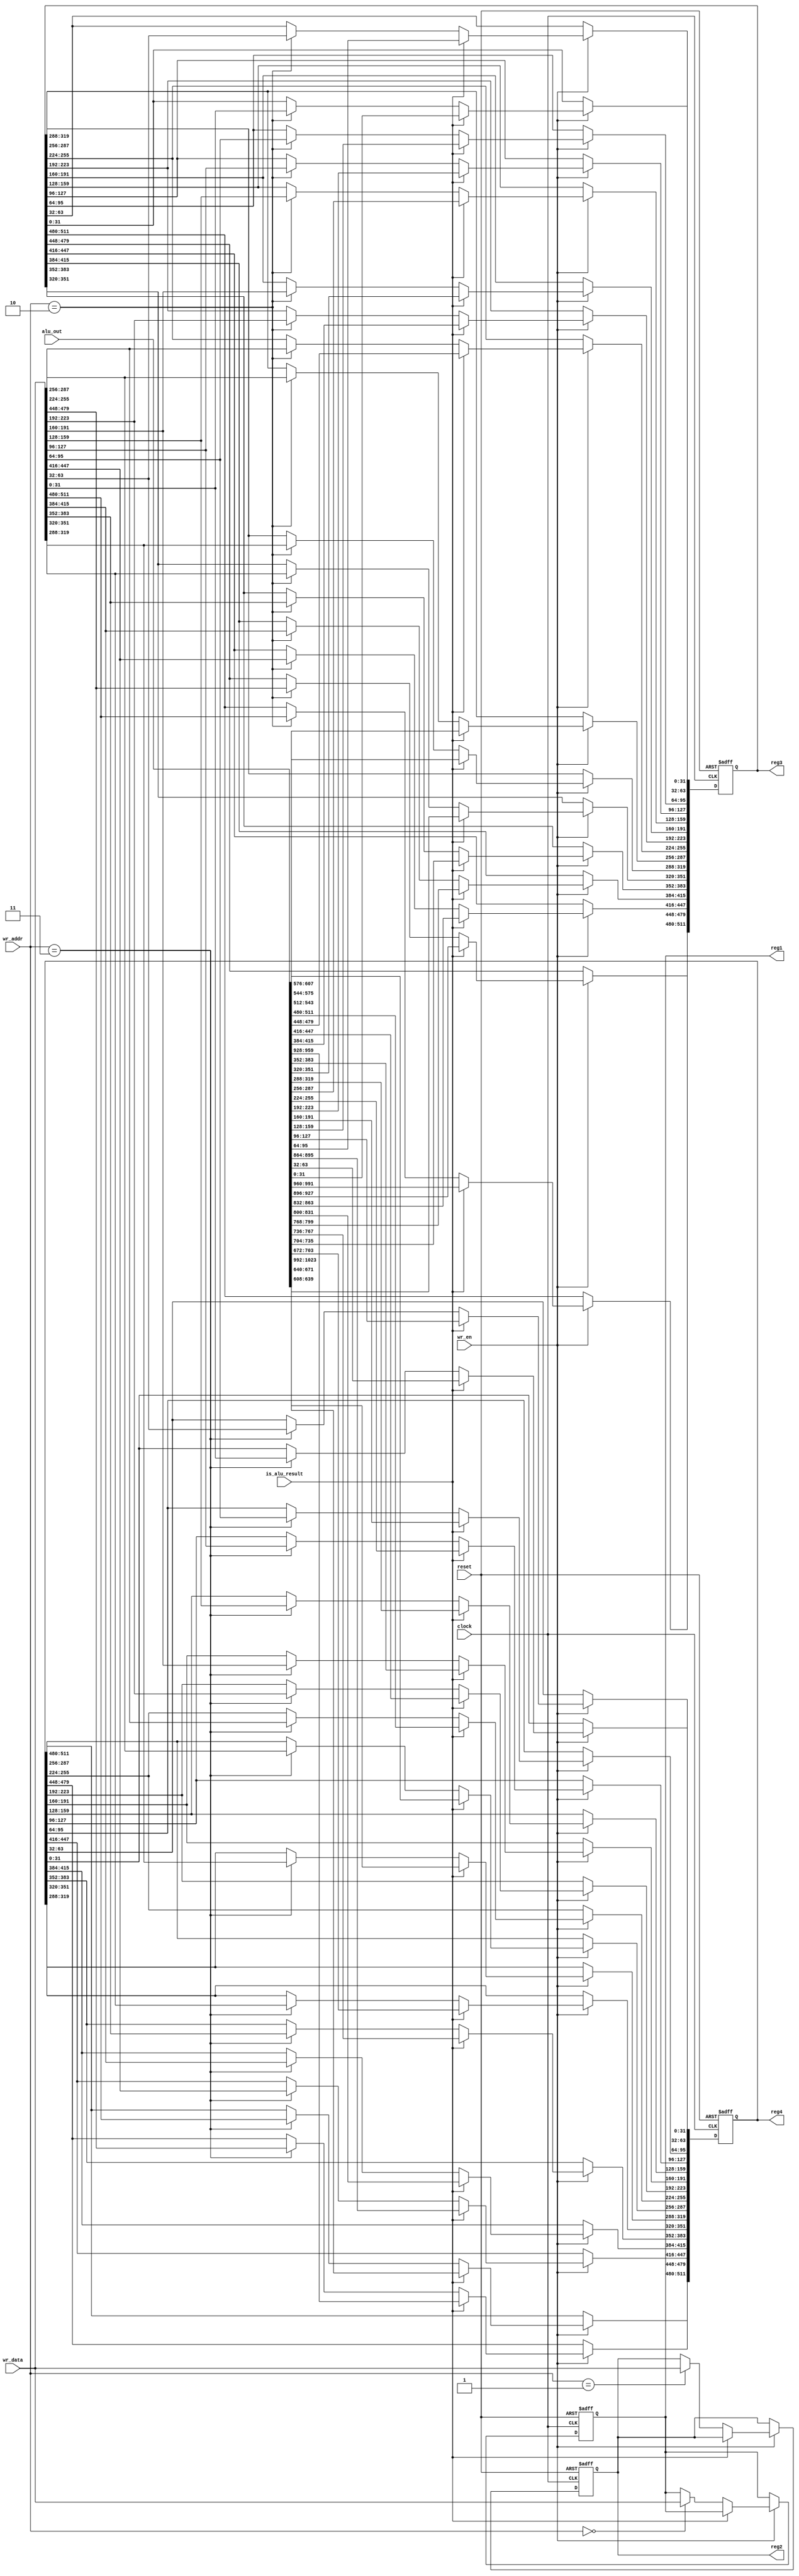
module RegFile (
    input wire signed [1023:0] alu_out, 
    output reg signed [511:0] reg1, 
    output reg signed [511:0] reg2,
    output reg signed [511:0] reg3, 
    output reg signed [511:0] reg4, 
    input wire clock, 
    input wire reset,
    input wire [1:0] wr_addr, 
    input wire wr_en, 
    input wire is_alu_result, 
    input wire [511:0] wr_data
);

integer index;
always @(negedge clock or negedge reset) begin
    if (!reset) begin
        reg1 <= 512'hFFFF0000_00000000_80000000_00000010; 
        reg2 <= 512'hFFFF0000_00000000_00000000_000002E1; 
        reg3 <= 512'h0;
        reg4 <= 512'h0;
    end else if (wr_en) begin
        if (is_alu_result) begin
            for (index = 0; index < 16; index = index + 1) begin
                reg3[32*index +: 32] <= alu_out[64*index +: 32];
                reg4[32*index +: 32] <= alu_out[64*index + 32 +: 32];
            end
        end else begin
            case (wr_addr)
                2'b00: reg1 <= wr_data;
                2'b01: reg2 <= wr_data;
                2'b10: reg3 <= wr_data;
                2'b11: reg4 <= wr_data;
            endcase
        end
    end
end

endmodule